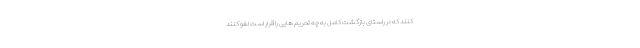
کنند که در راستای بازگشت کامل به چه تحریم هایی را قرار است لغو کنند